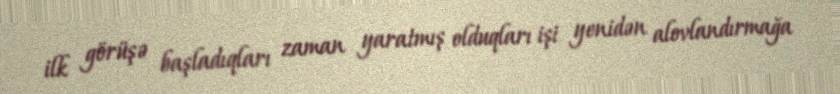
ilk görüşə başladıqları zaman yaratmış olduqları işi yenidən alovlandırmağa